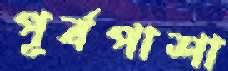
পূর্বপাশা